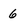
Character: 6